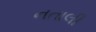
નતાલી